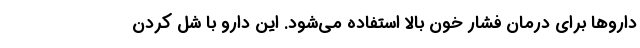
داروها برای درمان فشار خون بالا استفاده می‌شود. این دارو با شل کردن